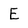
Character: E